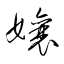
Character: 孃